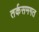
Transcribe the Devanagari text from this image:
तर्कसमगत